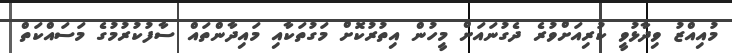
މުއިއްޒު ވިދާޅުވީ ކުރިއަށްވުރެ ދެގުނައަށް މީހުން އިތުރުކޮށް މަގުތަކާއި މައިދާންތައް ސާފުކުރުމުގެ މަސައްކަތް